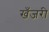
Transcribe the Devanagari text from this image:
खँजरी